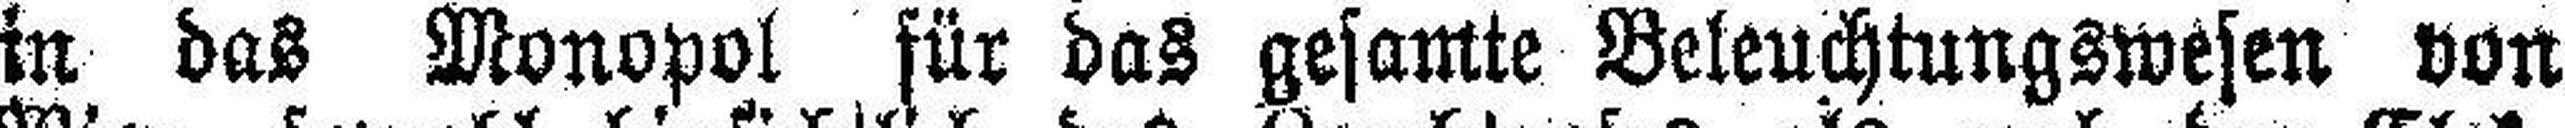
in das Monopol für das gesamte Beleuchtungswesen von